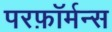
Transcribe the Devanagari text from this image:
परफ़ॉर्मन्स